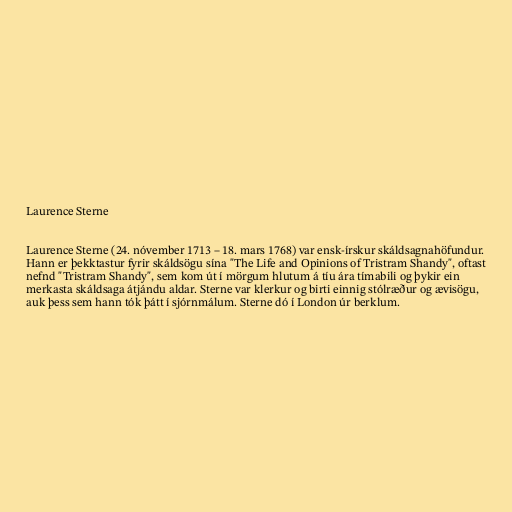
Laurence Sterne

Laurence Sterne (24. nóvember 1713 – 18. mars 1768) var ensk-írskur skáldsagnahöfundur.
Hann er þekktastur fyrir skáldsögu sína "The Life and Opinions of Tristram Shandy", oftast
nefnd "Tristram Shandy", sem kom út í mörgum hlutum á tíu ára tímabili og þykir ein
merkasta skáldsaga átjándu aldar. Sterne var klerkur og birti einnig stólræður og ævisögu,
auk þess sem hann tók þátt í sjórnmálum. Sterne dó í London úr berklum.